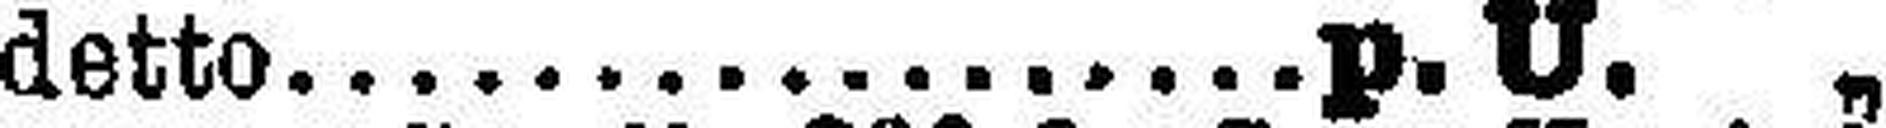
detto p. U. „